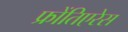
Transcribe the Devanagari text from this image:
फ्रोंतिएरेस